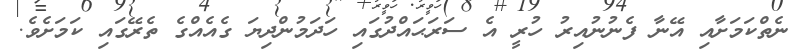
ނެތްކަމަށާއި އޭނާ ފެނުނުއިރު ހުރީ އެ ސަރަޙައްދުގައި ހަދަމުންދިޔަ ގެއެއްގެ ތެރޭގައި ކަމަށެވެ.